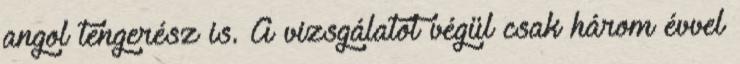
angol tengerész is. A vizsgálatot végül csak három évvel